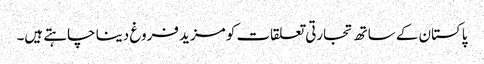
پاکستان کے ساتھ تجارتی تعلقات کو مزید فروغ دینا چاہتے ہیں۔